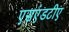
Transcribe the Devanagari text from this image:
एसएंडटीए